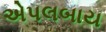
એપલબાય